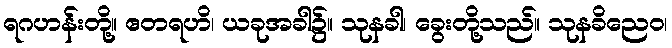
ရဂဟန်းတို့။ ဧတရဟိ၊ ယခုအခါ၌။ သုနခါ၊ ခွေးတို့သည်။ သုနခိညေဝ၊